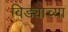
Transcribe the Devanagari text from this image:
विड्याच्‍या